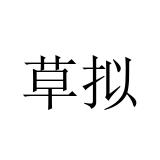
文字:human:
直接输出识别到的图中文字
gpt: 草拟